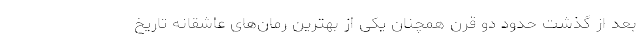
بعد از گذشت حدود دو قرن همچنان یکی از بهترین رمان‌های عاشقانه تاریخ